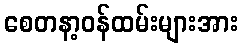
စေတနာ့ဝန်ထမ်းများအား